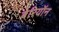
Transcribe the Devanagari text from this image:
बेरियॉन